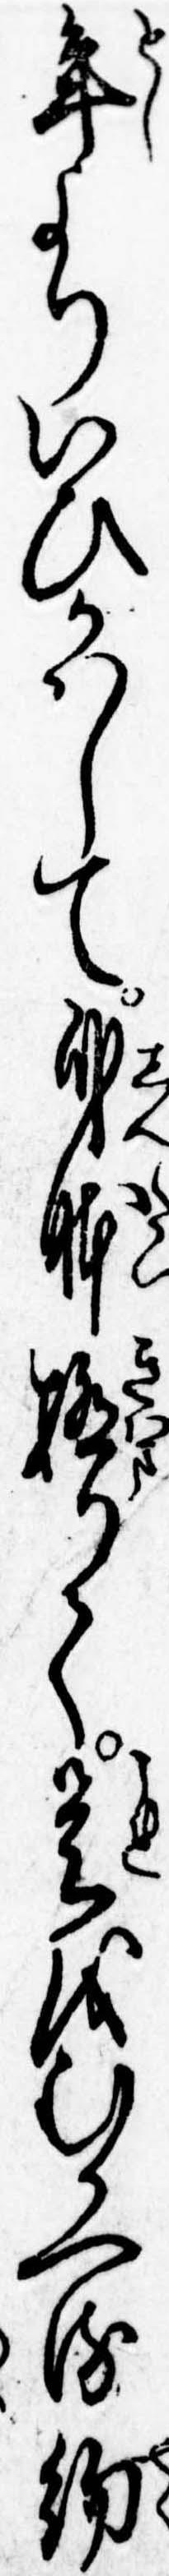
年よりいひかはして身体極りて是をむかへる約